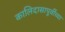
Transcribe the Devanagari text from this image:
कालिदासापूर्वीच्या